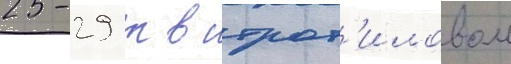
25-29 т в трот'иловом